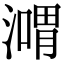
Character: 𣽴